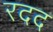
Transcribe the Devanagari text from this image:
रदद